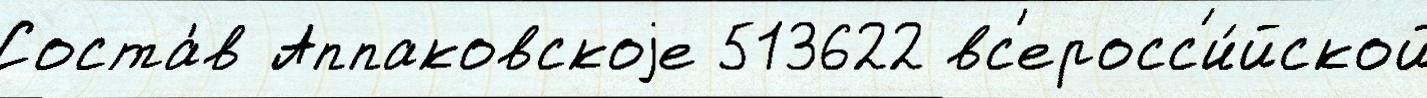
Соста́в Аппаковскоjе 513622 вс'еросс'и́йской